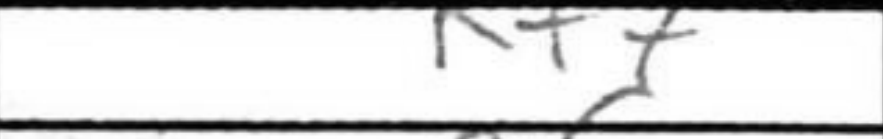
Transcription: Kf7